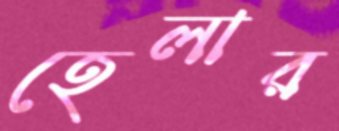
হেলার